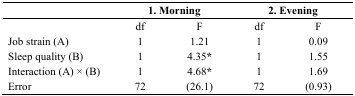
|  | <COLSPAN=2> 1. Morning | <COLSPAN=2> 2. Evening |
 | --- | --- | --- | --- | --- |
 |  | df | F | df | F |
 | Job strain (A) | 1 | 1.21 | 1 | 0.09 |
 | Sleep quality (B) | 1 | 4.35* | 1 | 1.55 |
 | Interaction (A) × (B) | 1 | 4.68* | 1 | 1.69 |
 | Error | 72 | (26.1) | 72 | (0.93) |